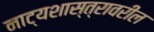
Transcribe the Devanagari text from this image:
नाट्यशास्त्रावरील